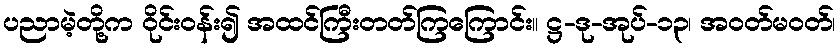
ပညာမဲ့တို့က ဝိုင်းဝန်း၍ အထင်ကြီးတတ်ကြကြောင်း။ ဋ္ဌ-ဒု-အုပ်-၁၃၊ အဝတ်မဝတ်၊